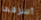
أسرقها